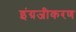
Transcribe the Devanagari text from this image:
इंग्रजीकरण